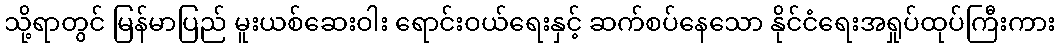
သို့ရာတွင် မြန်မာပြည် မူးယစ်ဆေးဝါး ရောင်းဝယ်ရေးနှင့် ဆက်စပ်နေသော နိုင်ငံရေးအရှုပ်ထုပ်ကြီးကား